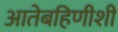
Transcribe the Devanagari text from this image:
आतेबहिणीशी